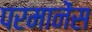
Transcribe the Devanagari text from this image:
परमानेंस